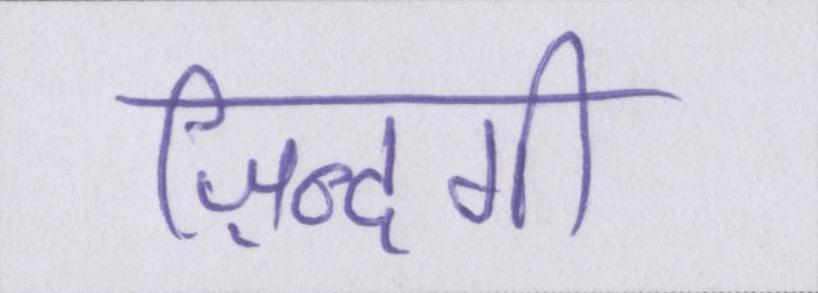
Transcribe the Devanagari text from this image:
ज़िन्दगी